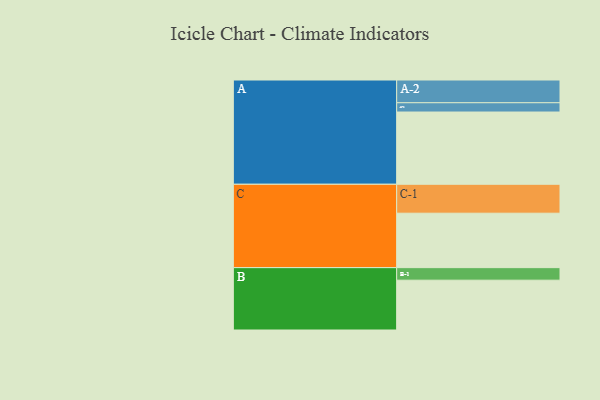
{"axis": {"x": "Segment", "y": "Value"}, "legend": ["", "A", "B", "C"], "data": [{"x": "A", "y": 467, "type": ""}, {"x": "B", "y": 322, "type": ""}, {"x": "C", "y": 352, "type": ""}, {"x": "A-1", "y": 60, "type": "A"}, {"x": "A-2", "y": 147, "type": "A"}, {"x": "B-1", "y": 81, "type": "B"}, {"x": "C-1", "y": 187, "type": "C"}]}